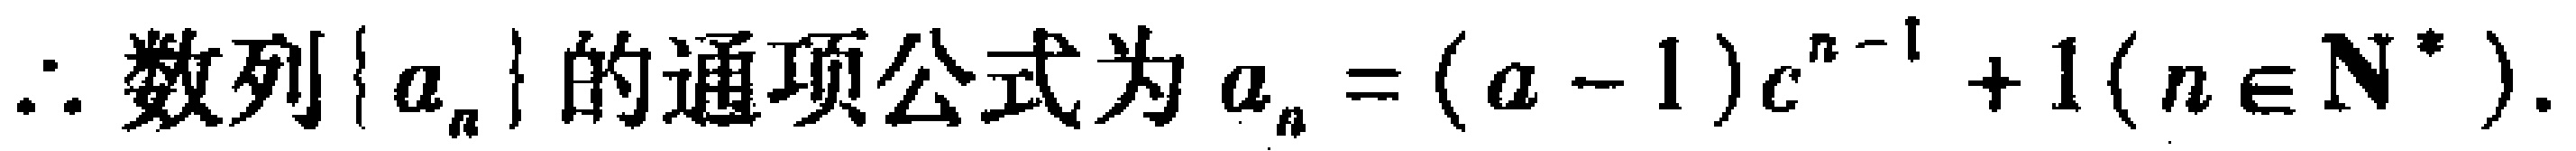
\(\therefore 数列\{a_{n}\}的通项公式为a_{n}=(a - 1)c^{n - 1}+1(n\in\mathbf{N}^{*}).\)